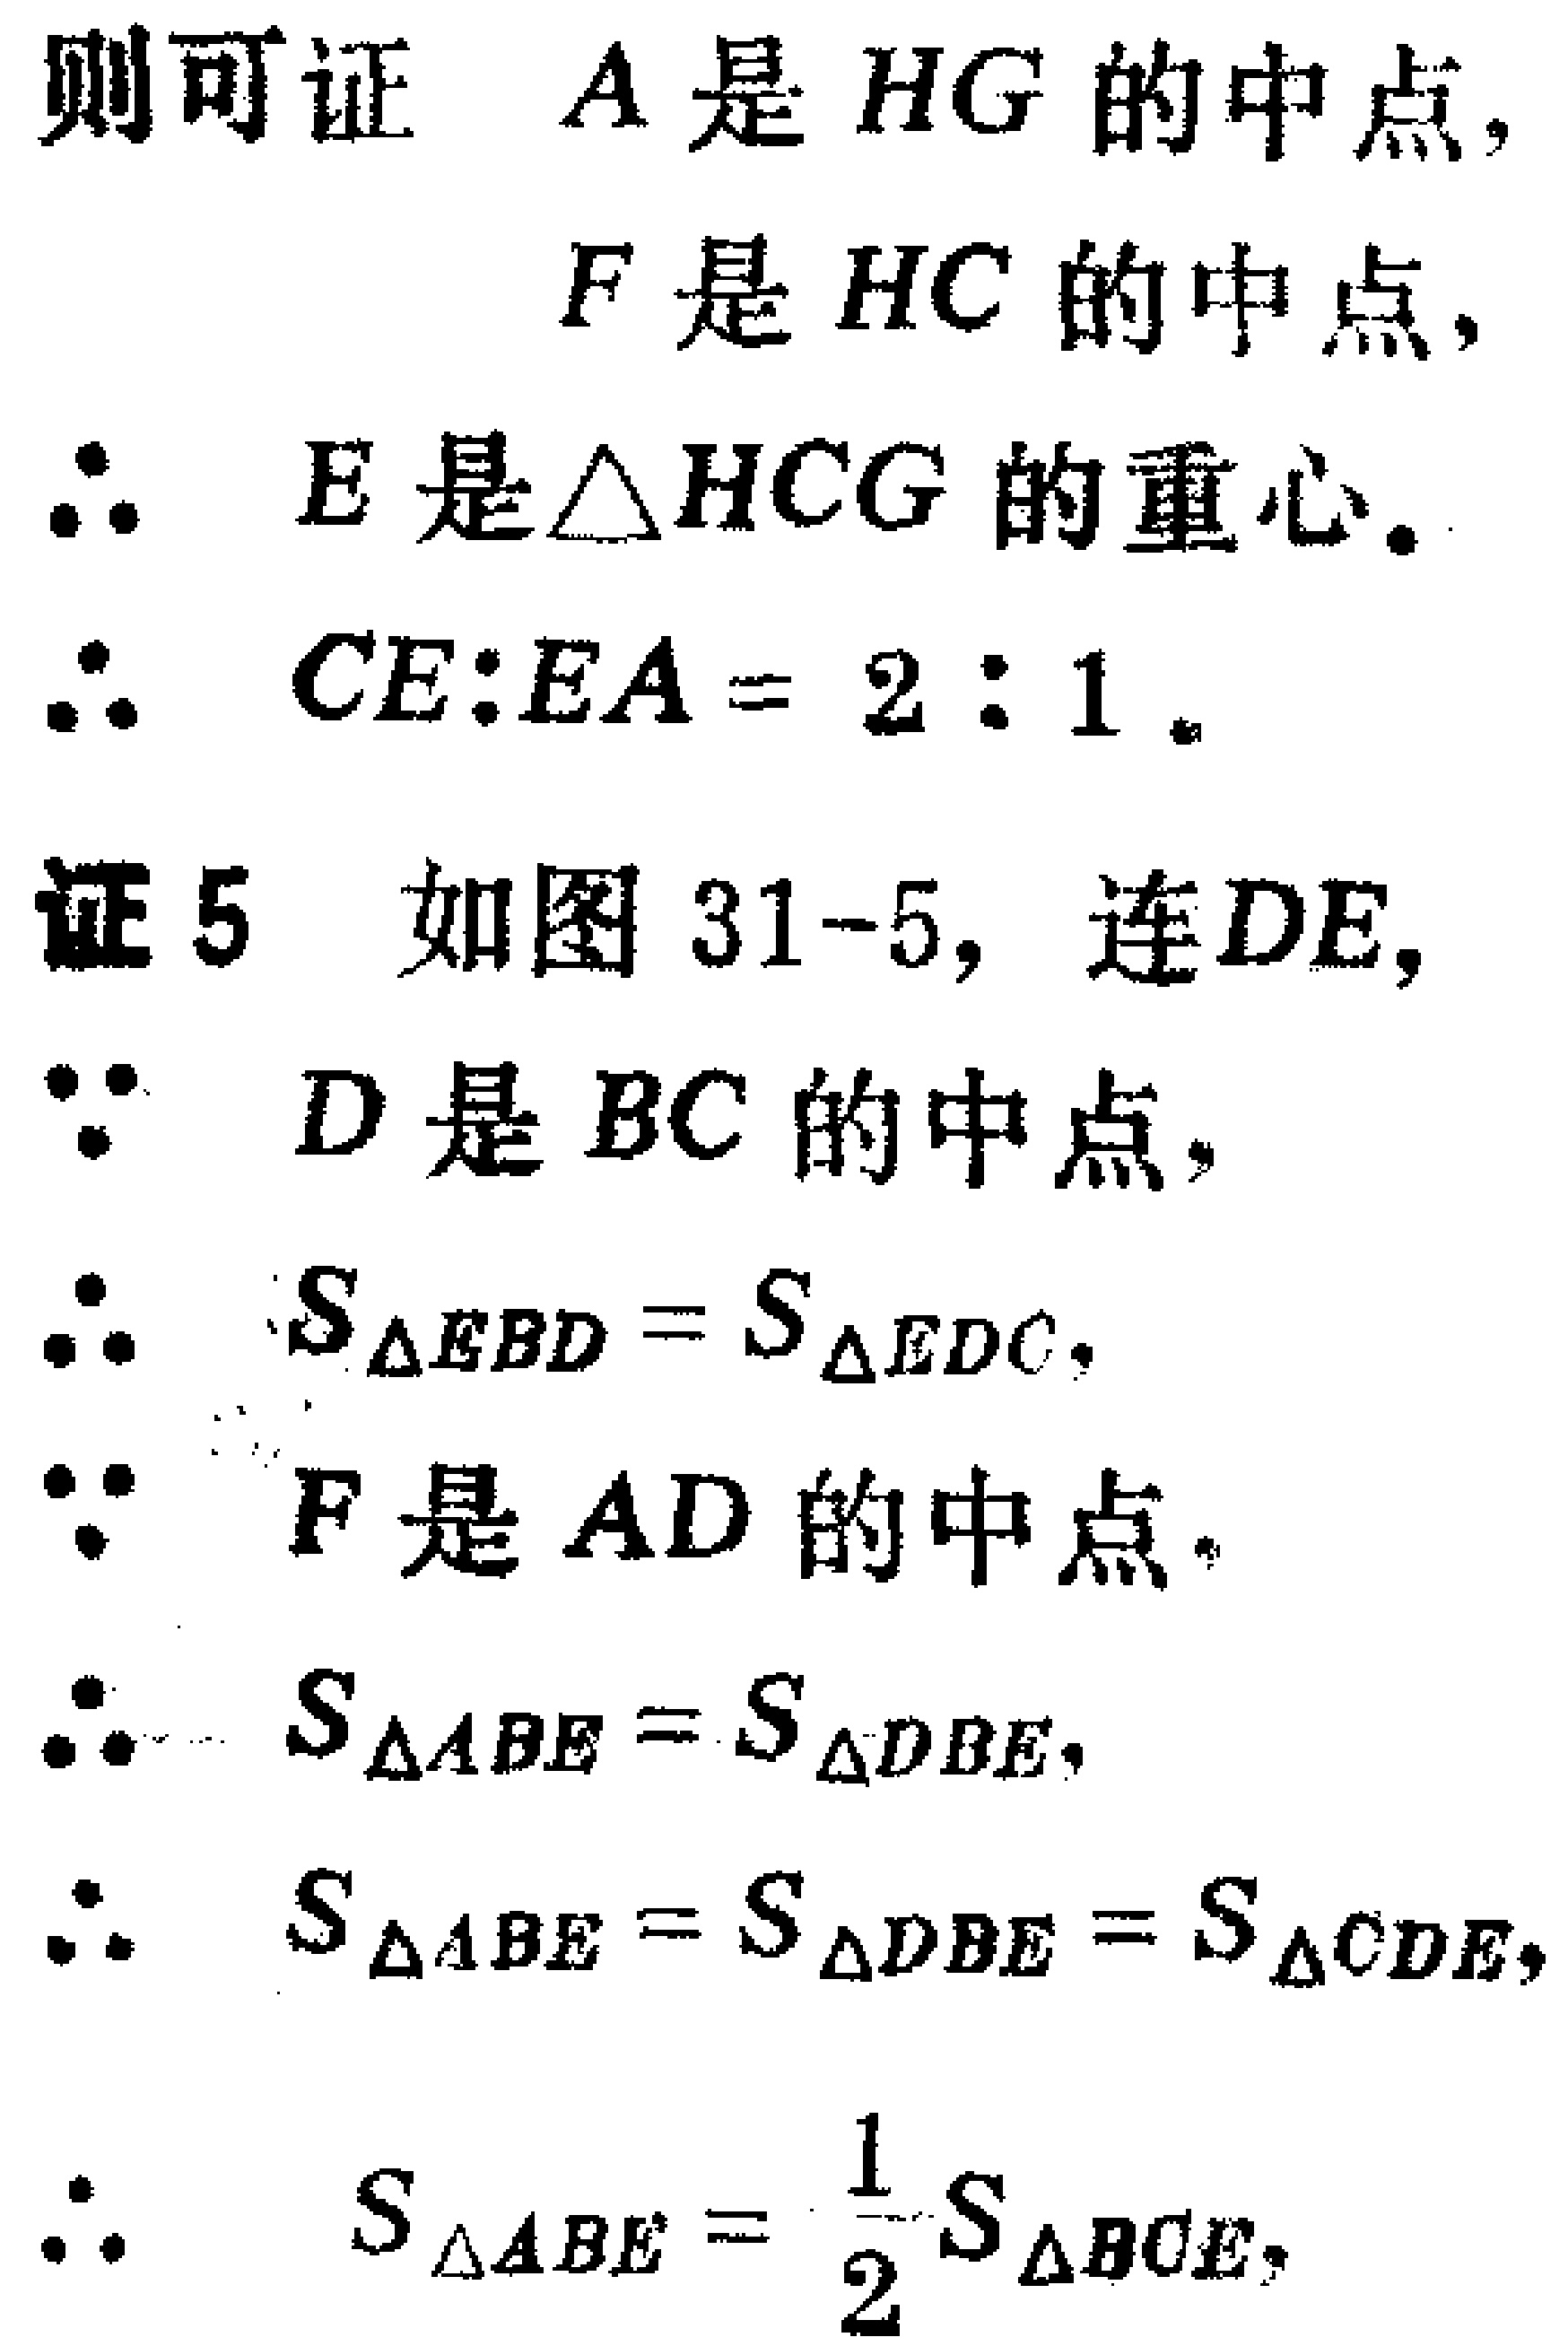
则可证 \(A\) 是 \(HG\) 的中点,

\(F\) 是 \(HC\) 的中点,

\(\therefore\) \(E\) 是 \(\triangle HCG\) 的重心。

\(\therefore\) \(CE:EA = 2:1\)。

证5 如图31-5, 连 \(DE\),

\(\because\) \(D\) 是 \(BC\) 的中点,

\(\therefore\) \(S_{\triangle EBD}=S_{\triangle EDC}\),

\(\because\) \(F\) 是 \(AD\) 的中点。

\(\therefore\) \(S_{\triangle ABE}=S_{\triangle DBE}\),

\(\therefore\) \(S_{\triangle ABE}=S_{\triangle DBE}=S_{\triangle CDE}\),

\(\therefore\) \(S_{\triangle ABE}=\frac{1}{2}S_{\triangle BCE}\),